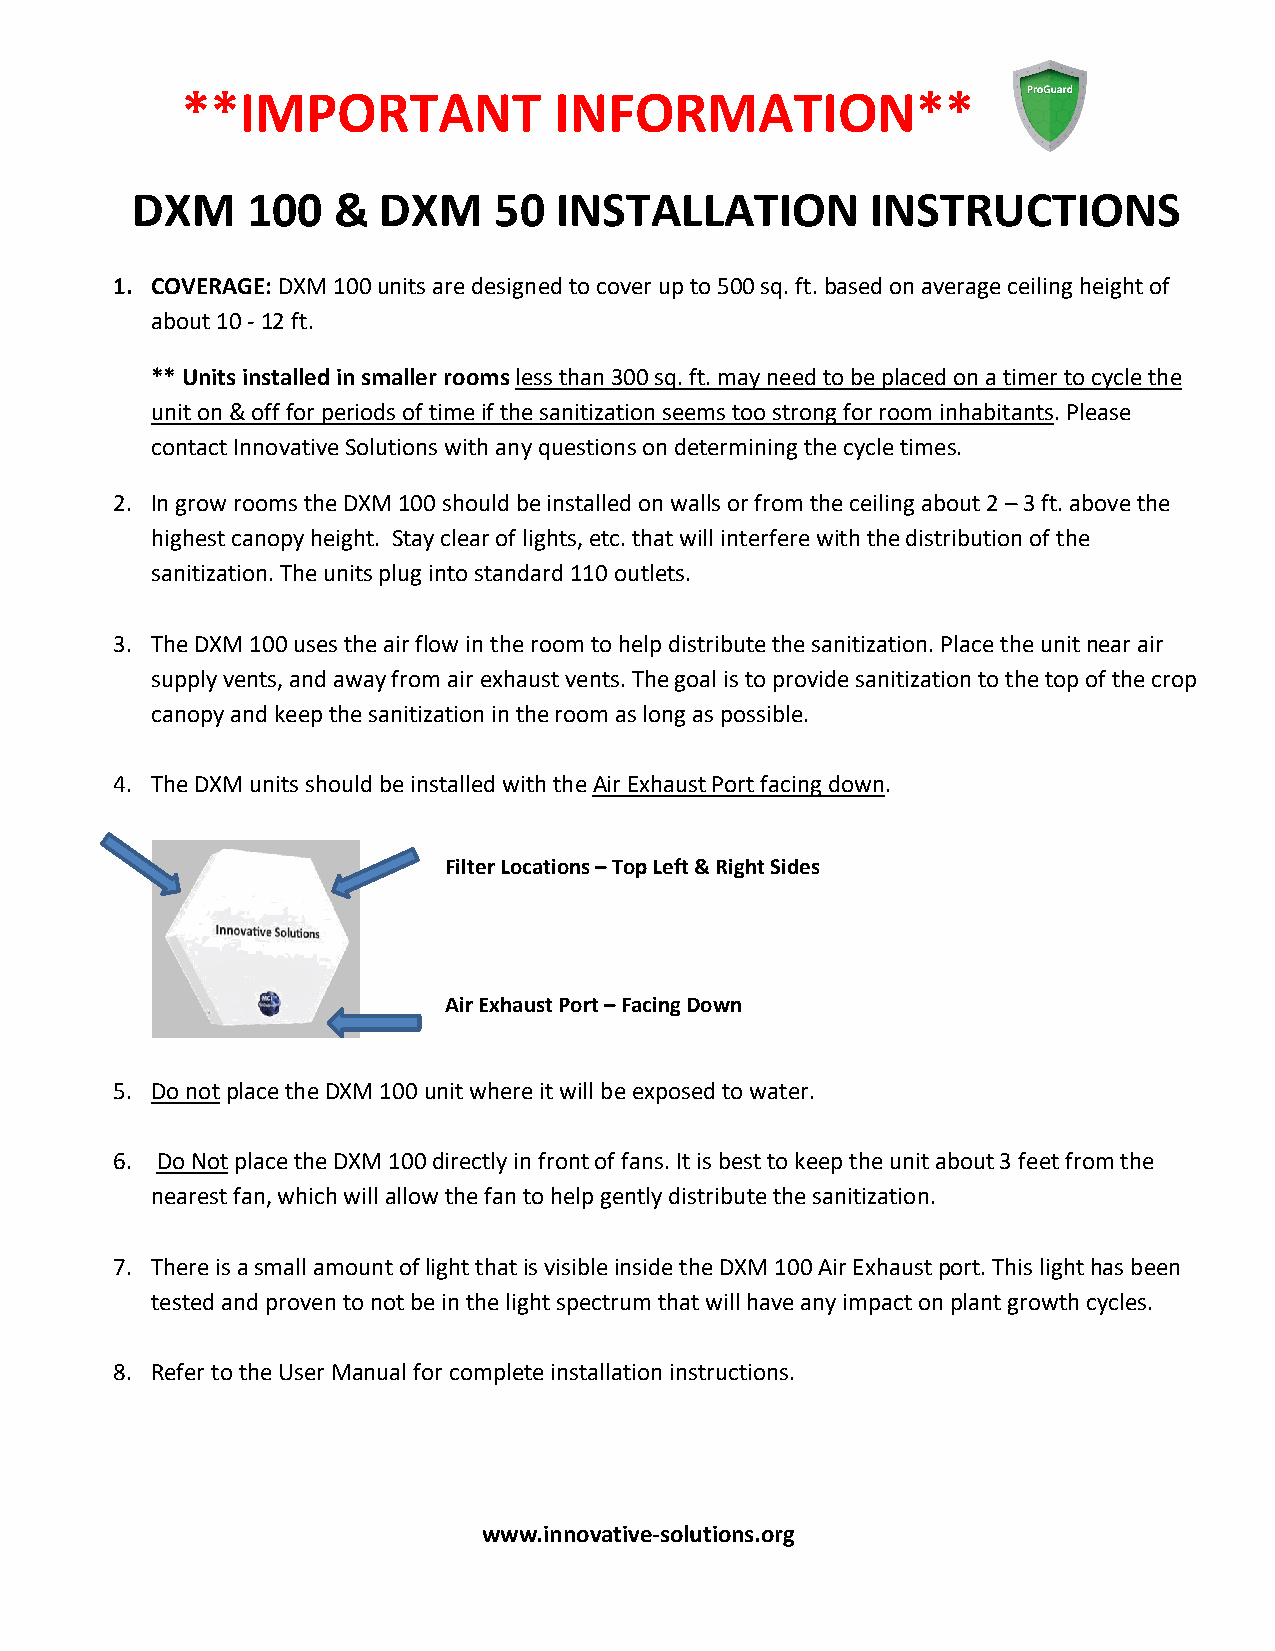
**IMPORTANT              INFORMATION**
 DXM    100   &  DXM     50  INSTALLATION         INSTRUCTIONS
 1. COVERAGE: DXM 100 units are designed to cover up to 500 sq. ft. based on average ceiling height of
 about 10 - 12 ft.
 ** Units installed in smaller rooms less than 300 sq. ft. may need to be placed on a timer to cycle the
 unit on & off for periods of time if the sanitization seems too strong for room inhabitants. Please
 contact Innovative Solutions with any questions on determining the cycle times.
 2. In grow rooms the DXM 100 should be installed on walls or from the ceiling about 2 – 3 ft. above the
 highest canopy height. Stay clear of lights, etc. that will interfere with the distribution of the
 sanitization. The units plug into standard 110 outlets.
 3. The DXM 100 uses the air flow in the room to help distribute the sanitization. Place the unit near air
 supply vents, and away from air exhaust vents. The goal is to provide sanitization to the top of the crop
 canopy and keep the sanitization in the room as long as possible.
 4. The DXM units should be installed with the Air Exhaust Port facing down.
 Filter Locations – Top Left & Right Sides
 Air Exhaust Port – Facing Down
 5. Do not place the DXM 100 unit where it will be exposed to water.
 6. Do Not place the DXM 100 directly in front of fans. It is best to keep the unit about 3 feet from the
 nearest fan, which will allow the fan to help gently distribute the sanitization.
 7. There is a small amount of light that is visible inside the DXM 100 Air Exhaust port. This light has been
 tested and proven to not be in the light spectrum that will have any impact on plant growth cycles.
 8. Refer to the User Manual for complete installation instructions.
 www.innovative-solutions.org